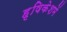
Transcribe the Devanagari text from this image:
हृषिकेशमें